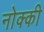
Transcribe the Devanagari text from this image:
नोक्की